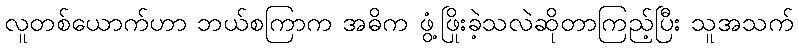
လူတစ်ယောက်ဟာ ဘယ်စကြာက အဓိက ဖွံ့ဖြိုးခဲ့သလဲဆိုတာကြည့်ပြီး သူအသက်